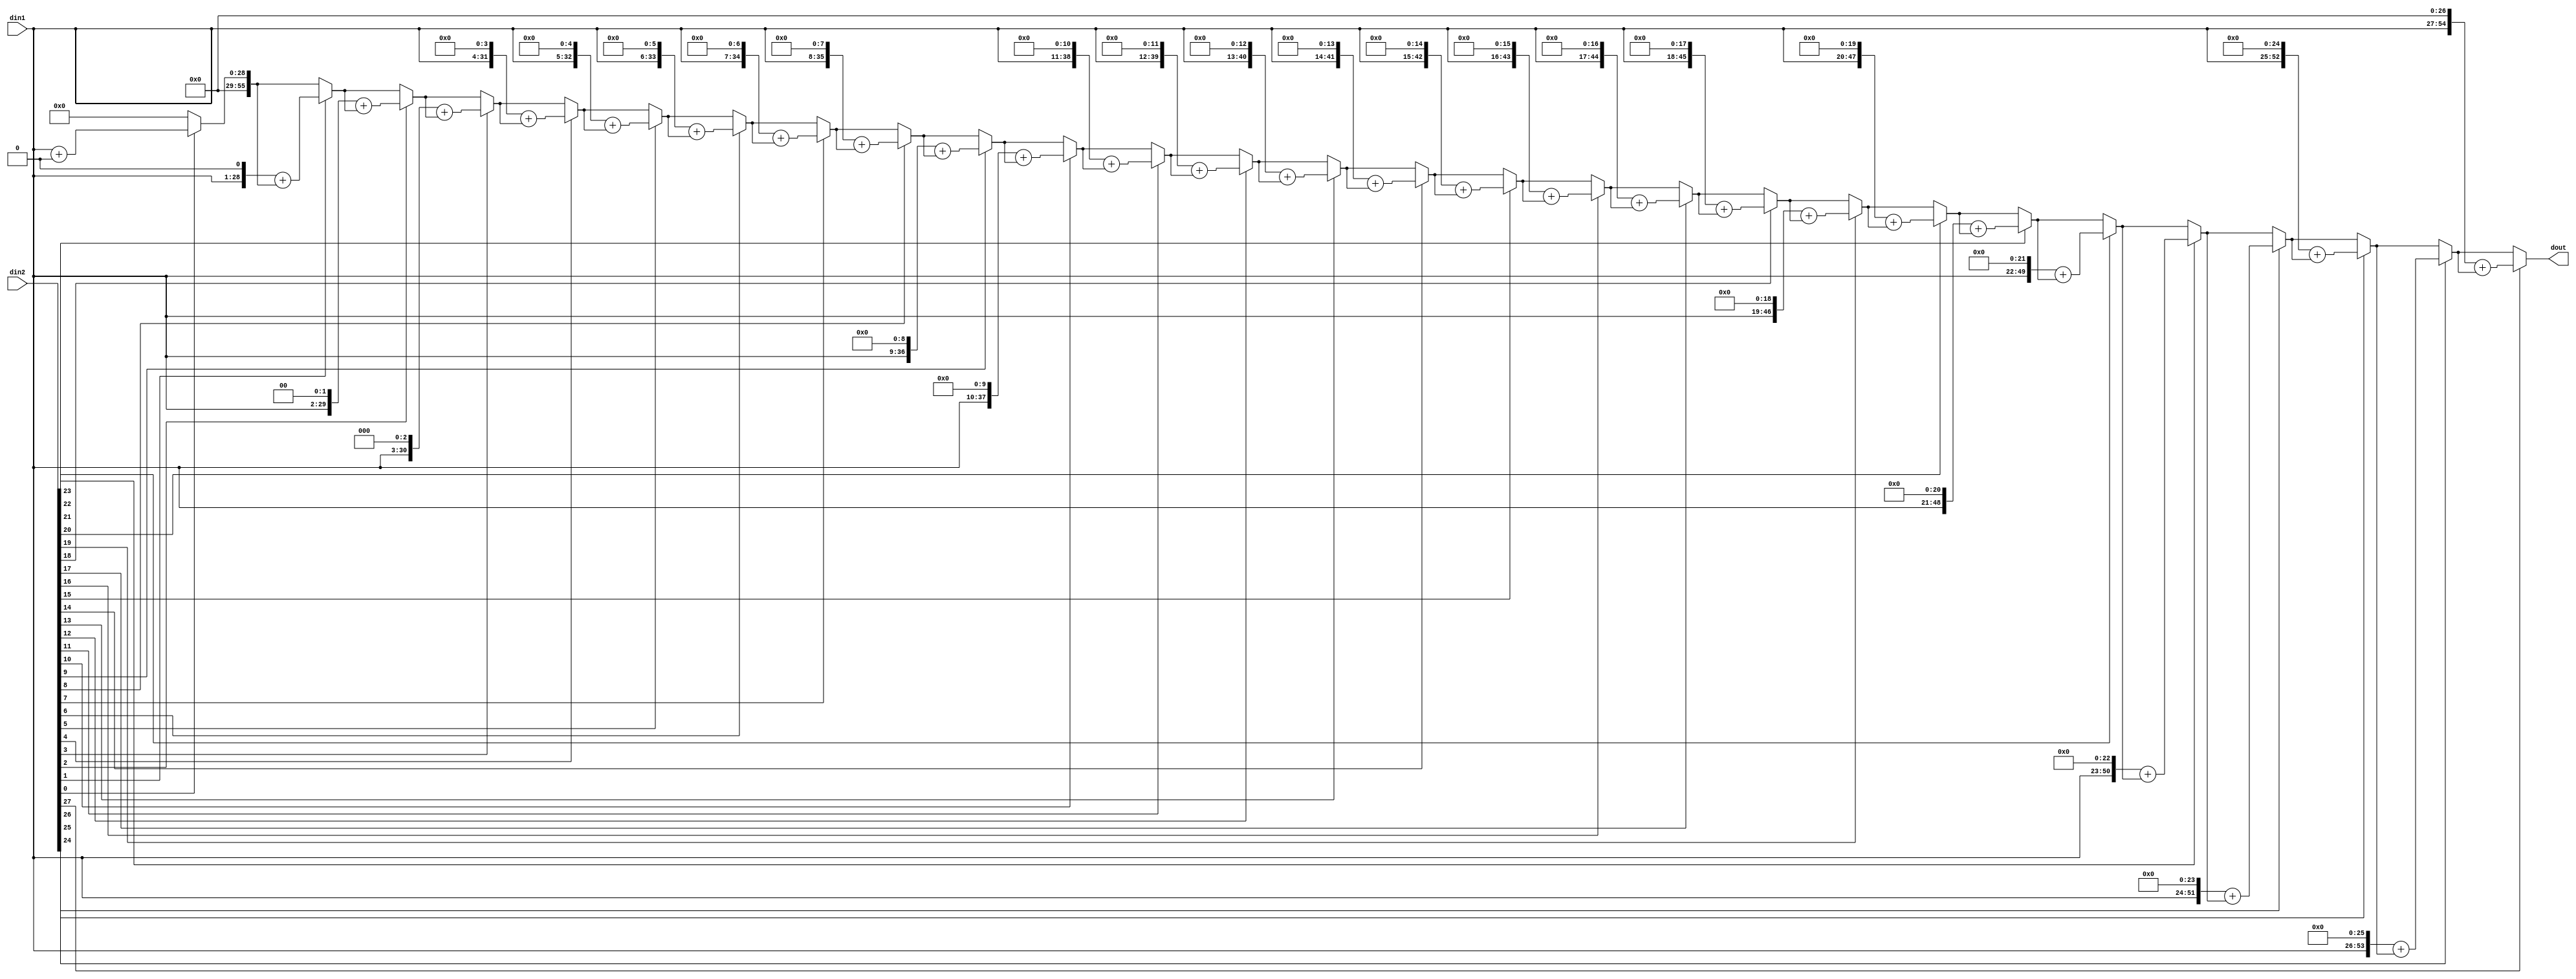
`timescale 1ns / 1ps
//////////////////////////////////////////////////////////////////////////////////
// Company: 
// Engineer: 
// 
// Design Name: 
// Module Name: mul
// Project Name: 
// Target Devices: 
// Tool Versions: 
// Description: 
// 
// Dependencies: 
// 
// Revision:
// Revision 0.01 - File Created
// Additional Comments:
// 
//////////////////////////////////////////////////////////////////////////////////


module mul(
    input [27:0] din1,
    input [27:0] din2,
    output reg [55:0] dout
    );
    integer i;
    
    always@(*)
    begin
        dout = 0;
        for(i = 0; i < 28; i = i + 1)
        begin
            if(din2[i] == 1)
            begin
                dout = (din1 << i) + dout;
            end
            else
                dout = dout;
        end
    end
    
endmodule